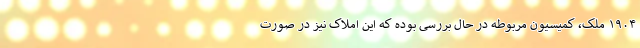
۱۹۰۴ ملک، کمیسیون مربوطه در حال بررسی بوده که این املاک نیز در صورت